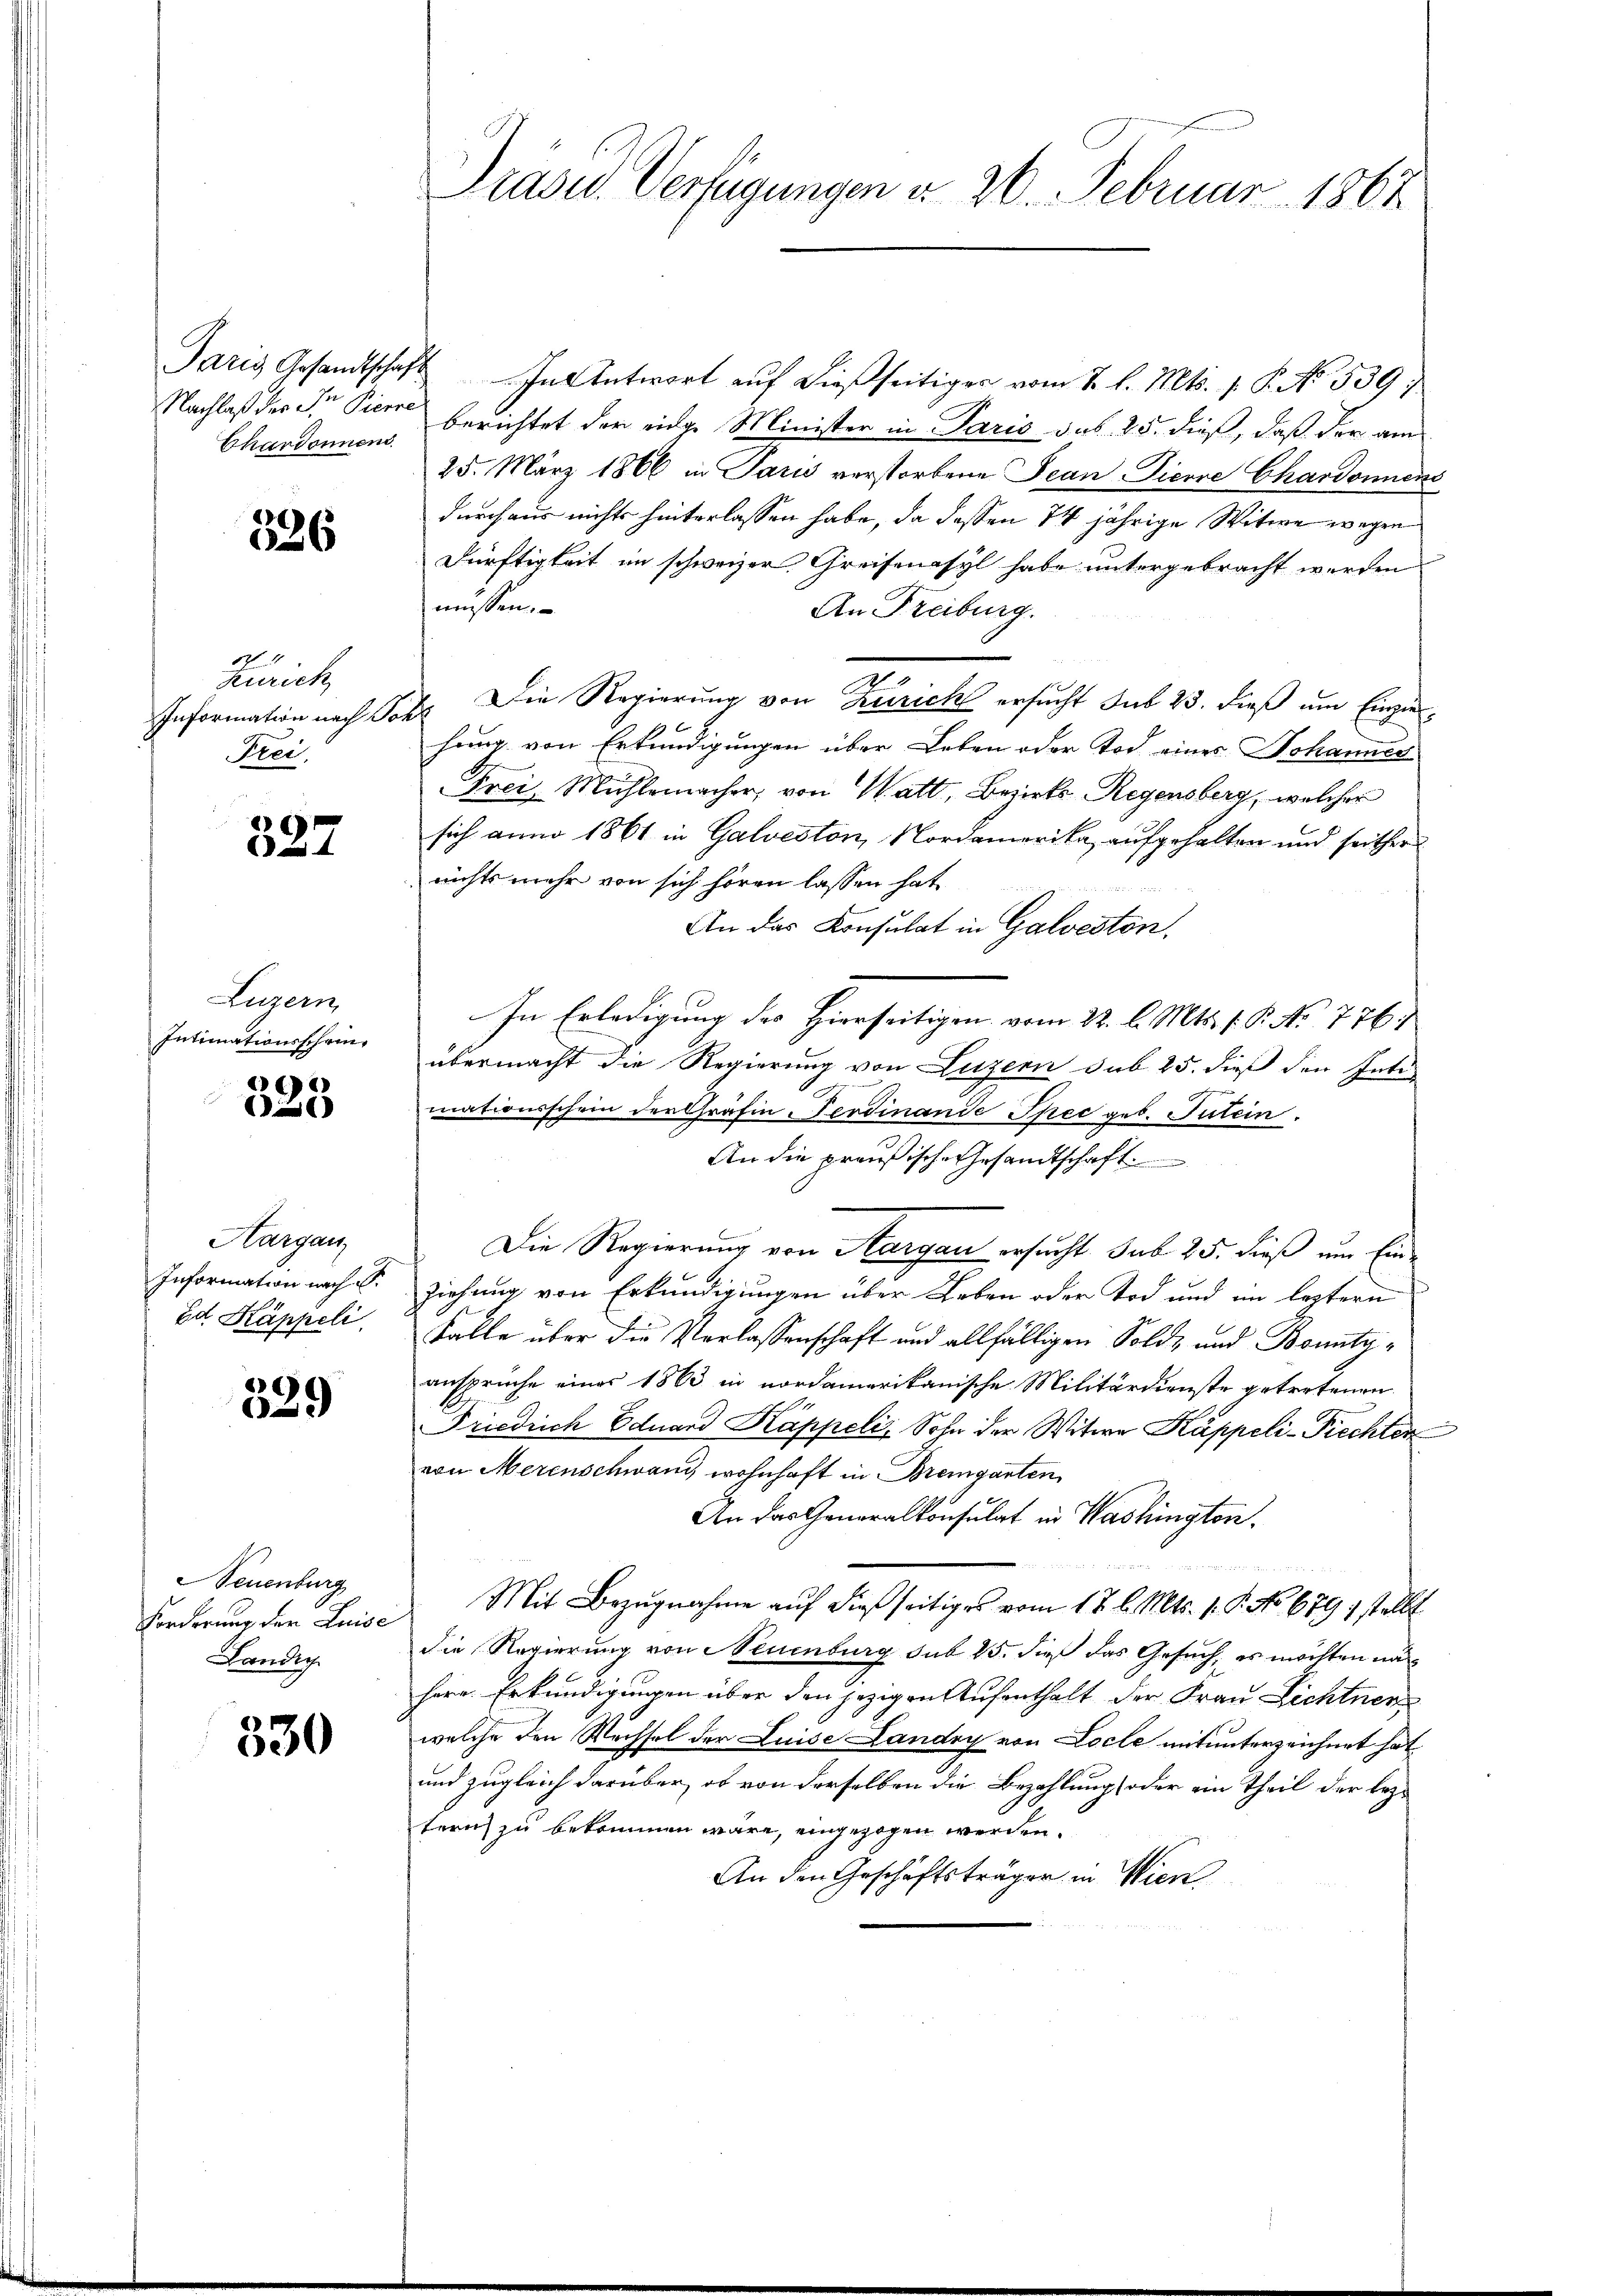
Chardonnens

326

Zürich
Frei,

327

ugern,
Intimationsschein

E
6

Hargau,
Information nach S.
Ed Kappeli.

329

euenburg
Forderung der Luise
Landi

530

Paris Gesandtschaft In Antwort aŭf dießseitiger vom 2. l. Mts. 1. P. No. 539
Nachlaß der Dr Pierre berichtet der eidge Minister in Paris das 25. dieß, daß der am
25. März 1866 in Paris verstorbene Jean-Pierre Chardonnens
durchaus nichts hinterlassen habe, da dessen 14 jährige Witwe wegen
Dürftigkeit im schweizer Greifenasyl habe untergebracht werden
müssen.
An Freiburg.
¬
Information nach Joh. Die Regierung von Zürich ersucht sub 23. dieß um Einzie¬
2
hung von Erkundigungen über Leben oder Tod eines Johanner
Frei-Mühlemacher, von Watt, Bezirks-Regensberg, welcher
sich anno 1861 in Galveston, Nordamerika, aufgehalten und seither
nichts mehr von sich hören lassen hat,
An das Konsulat in Galvesten.
In Erledigung des Hierseitigen vom 22. l. Mts. f. 6. No. 776.
übermacht die Regierung von Luzern sub 25. dieß den Inti
mationsschein der Gräfin erdinande Spec geb. Tutein.
An die preußische Gesandtschaft
Die Regierung von Aargau ersucht sub 25. dieß um Einziehung von Erkundigungen über Leben oder Tod und im leztern
Falle über die Verlassenschaft und allfälligen Sold- und Bonitzansprüche einer 1863 in nordamerikanische Militärdienste getretenen
Friedrich Eduard Kappeli, Sohn der Witwe Kappeli-Piechter
von Merenschwand wohnhaft in Bremgarten
An das Generalkonsulat in Washington.
 ein Ma
 24 x
Mit Bezugnahme auf dießseitiges vom 17. l. Mts. 1. 9. No 679 1 stellt
die Regierung von Neuenburg sub 15. dieß das Gesuch, es möchten nac
herr Erkundigungen über den jezigen Aufenthalt der Frau Lichtners
welche den Wechsel der Luise Landry von Locle mitunterzeichnet hat
und zugleich darüber, ob von derselben die Bezahlung oder ein Theil der bez
tern zu bekommen wäre, eingezogen werden.
An den Geschäftsträger in Wien

Präsid. Verfügungen d. 26. Februar 1867